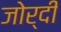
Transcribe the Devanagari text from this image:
जोर्दी